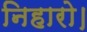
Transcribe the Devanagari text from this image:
निहारो।